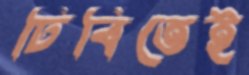
ঢিবিতেই